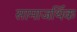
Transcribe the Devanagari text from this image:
सामाजर्थिक